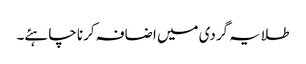
طلایہ گردی میں اضافہ کرنا چاہئے۔